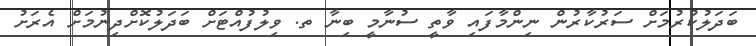
ބަދަލުކުރުމަށް ސަރުކާރުން ނިންމާފައި ވާތީ ސުނާމީ ބިނާ ތ. ވިލުފުއްޓަށް ބަދަލުކޮށްދިނުމަށް އެރަށު